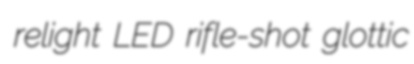
relight LED rifle-shot glottic